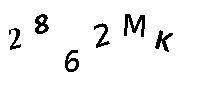
2862MK